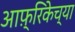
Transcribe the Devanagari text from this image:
आफ़्रिकेच्या